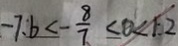
- 7 . b < - \frac { 8 } { 7 } < 0 < 1 . 2